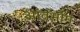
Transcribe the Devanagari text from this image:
आंतर्भोम